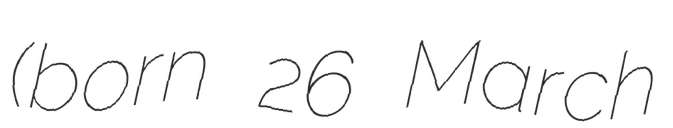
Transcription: (born 26 March